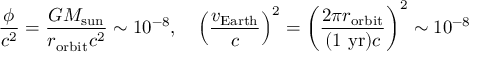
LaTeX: { \frac { \phi } { c ^ { 2 } } } = { \frac { G M _ { \mathrm { s u n } } } { r _ { \mathrm { o r b i t } } c ^ { 2 } } } \sim 1 0 ^ { - 8 } , \quad \left( { \frac { v _ { \mathrm { E a r t h } } } { c } } \right) ^ { 2 } = \left( { \frac { 2 \pi r _ { \mathrm { o r b i t } } } { ( 1 \ \mathrm { y r } ) c } } \right) ^ { 2 } \sim 1 0 ^ { - 8 }